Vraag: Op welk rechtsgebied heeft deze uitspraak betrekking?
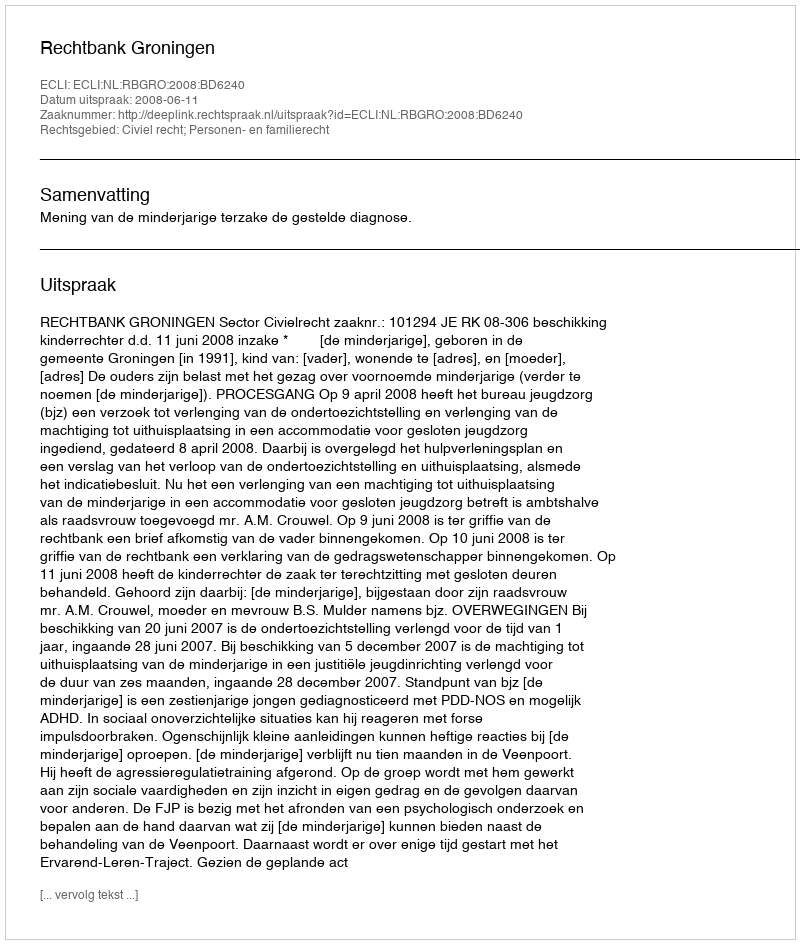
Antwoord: Civiel recht; Personen- en familierecht